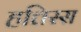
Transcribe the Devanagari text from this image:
हत्तिस्स